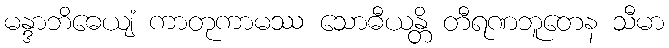
မန္ဒာဘိဓေယျံ ကာတုကာမဿ သောဓီယန္တိ တီရဏဘူတေန သီမာ